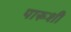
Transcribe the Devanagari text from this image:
पारूशी